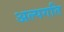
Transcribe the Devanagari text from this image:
अल्पगति